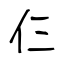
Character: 仨